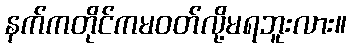
နက်ကတိုင်ကမဝတ်လို့မရဘူးလား။